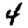
Digit: 4